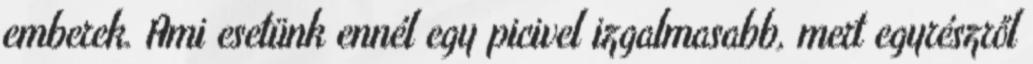
emberek. Ami esetünk ennél egy picivel izgalmasabb, mert egyrészről